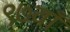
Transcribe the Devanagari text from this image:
९७वाँ